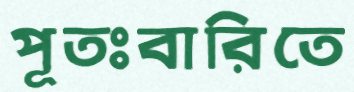
পূতঃবারিতে